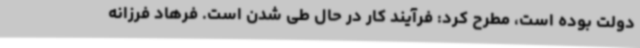
دولت بوده است، مطرح کرد: فرآیند کار در حال طی شدن است. فرهاد فرزانه